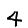
Digit: 4